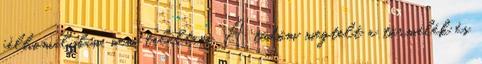
félhomályban, nem találtam. A tüdőm megtelt a törmelék és